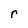
Character: r